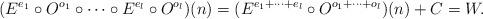
LaTeX: \begin{align*}(E^{e_1} \circ O^{o_1} \circ \dotsb \circ E^{e_{l}} \circ O^{o_l})(n) = (E^{e_1 + \dotsb + e_{l}} \circ O^{o_1 + \dotsb + o_l})(n)+C=W.\end{align*}